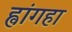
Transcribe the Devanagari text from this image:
ह्वांगहा